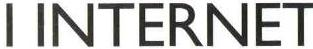
I INTERNET